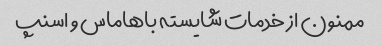
ممنون از خدمات شایسته باهاماس و اسنپ